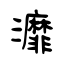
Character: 灖